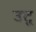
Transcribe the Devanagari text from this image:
उटू